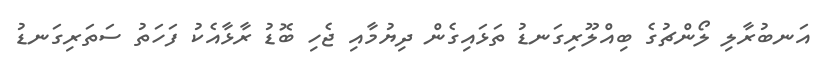
އަނބުރާލި ލޯންޗުގެ ބިއްލޫރިގަނޑު ތަޅައިގެން ދިޔުމާއި ޖެހި ބޮޑު ރާޅާއެކު ފަހަތު ސަތަރިގަނޑު